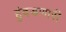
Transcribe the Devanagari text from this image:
हुंदडणारी